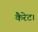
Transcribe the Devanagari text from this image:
कैरेट।